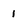
Character: 1